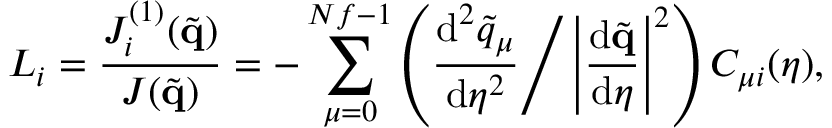
L _ { i } = \frac { J _ { i } ^ { ( 1 ) } ( \tilde { \mathbf { q } } ) } { J ( \tilde { \mathbf { q } } ) } = - \sum _ { \mu = 0 } ^ { N f - 1 } \left( \frac { \mathrm { d } ^ { 2 } \tilde { q } _ { \mu } } { \mathrm { d } \eta ^ { 2 } } \Bigg / \left| \frac { \mathrm { d } \tilde { \mathbf { q } } } { \mathrm { d } \eta } \right| ^ { 2 } \right) C _ { \mu i } ( \eta ) ,